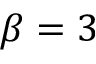
\beta = 3